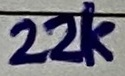
Text: 22K